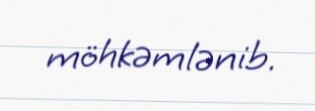
möhkəmlənib.